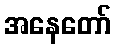
အနေတော်